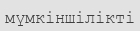
мүмкіншілікті